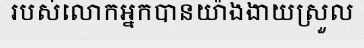
របស់លោកអ្នកបានយ៉ាងងាយស្រួល